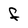
Character: F